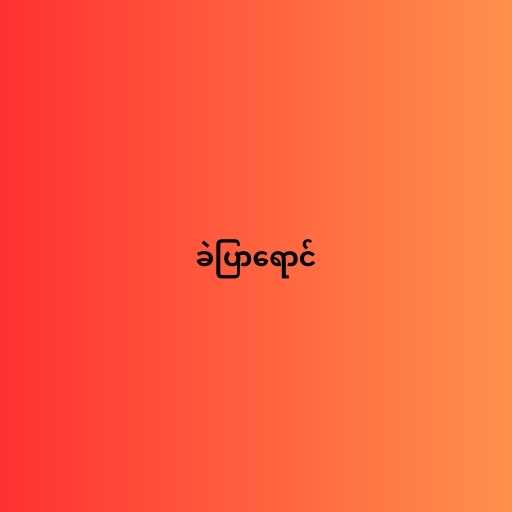
ခဲပြာရောင်